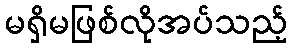
မရှိမဖြစ်လိုအပ်သည့်